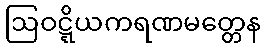
ဩဝဋ္ဋိယကရဏမတ္တေန